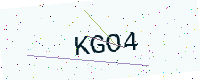
Text: KGO4